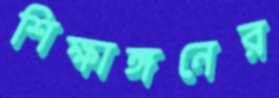
শিক্ষাঙ্গনের